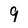
Character: 9